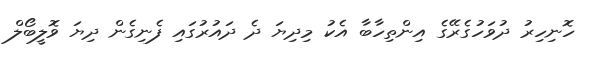
ހޮނިހިރު ދުވަހުގެރޭގެ އިންތިހާބާ އެކު މިދިޔަ ދެ ދައުރުގައި ފެނިގެން ދިޔަ ވޮލީބޯލް